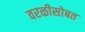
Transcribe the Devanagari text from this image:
वरळीसोबत